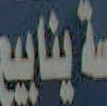
ينابيع